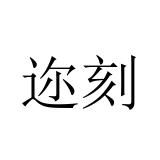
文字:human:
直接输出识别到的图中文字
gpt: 迩刻